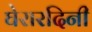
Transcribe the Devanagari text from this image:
घेरारदिनी